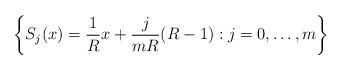
LaTeX: \begin{align*}\left\{ S_{j}(x)=\frac{1}{R}x+\frac{j}{mR}(R-1):j=0,\dots,m\right\}\end{align*}